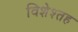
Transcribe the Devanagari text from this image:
विशेश्तह